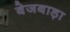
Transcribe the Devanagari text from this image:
बेजबाड़ा